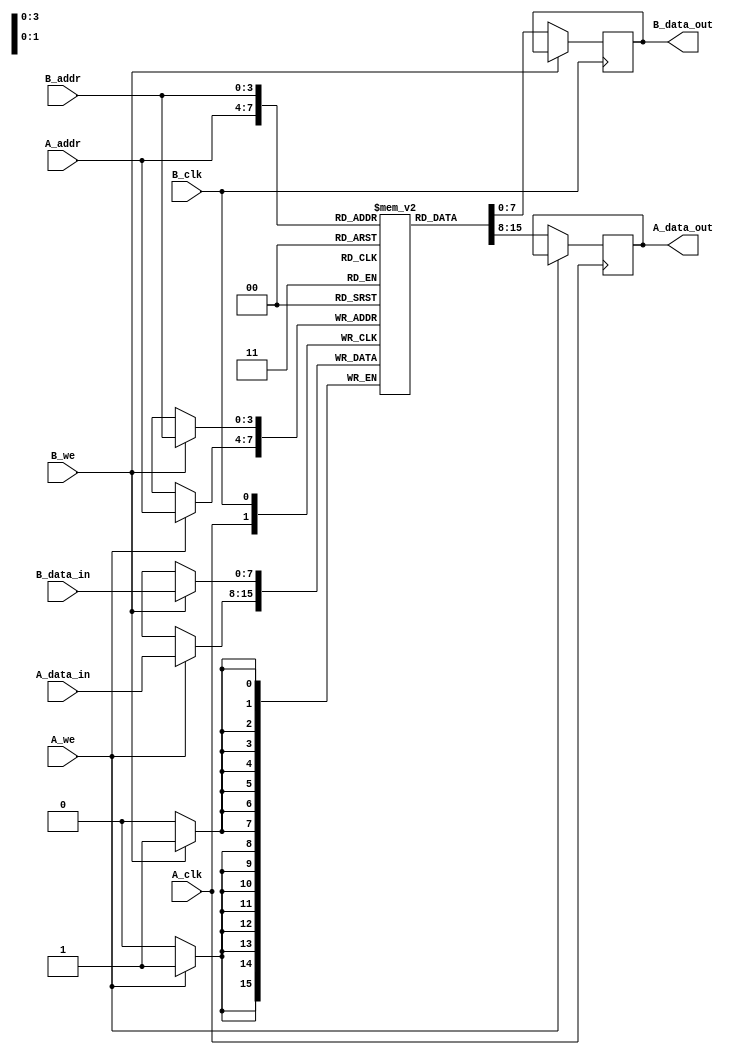
module dual_port_ram #(
    parameter DATA_WIDTH = 8,      // Width of each memory word
    parameter ADDR_WIDTH = 4,      // Width of address bus
    parameter DEPTH = 2**ADDR_WIDTH // Total number of addresses
)(
    input wire [ADDR_WIDTH-1:0] A_addr,   // Port A address input
    input wire [DATA_WIDTH-1:0] A_data_in, // Port A data input
    output reg [DATA_WIDTH-1:0] A_data_out, // Port A data output
    input wire A_we,                     // Port A write enable
    input wire A_clk,                    // Port A clock

    input wire [ADDR_WIDTH-1:0] B_addr,   // Port B address input
    input wire [DATA_WIDTH-1:0] B_data_in, // Port B data input
    output reg [DATA_WIDTH-1:0] B_data_out, // Port B data output
    input wire B_we,                     // Port B write enable
    input wire B_clk                     // Port B clock
);

    // Memory array declaration
    reg [DATA_WIDTH-1:0] mem [0:DEPTH-1];

    // Port A operation
    always @(posedge A_clk) begin
        // Read operation for Port A
        if (!A_we) begin
            A_data_out <= mem[A_addr];
        end else begin
            // Write operation for Port A
            mem[A_addr] <= A_data_in;
        end
    end

    // Port B operation
    always @(posedge B_clk) begin
        // Read operation for Port B
        if (!B_we) begin
            B_data_out <= mem[B_addr];
        end else begin
            // Write operation for Port B
            mem[B_addr] <= B_data_in;
        end
    end

endmodule